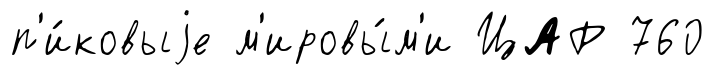
п'и́ковыjе м'ировы́м'и ЦАР 760